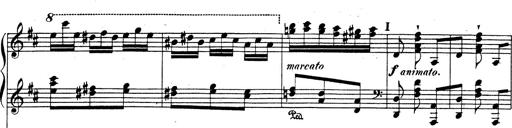
Title: Rhapsodie espagnole
Composer: Franz Liszt